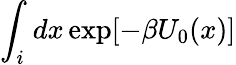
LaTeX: \int_{i}dx\exp[-\beta U_{0}(x)]